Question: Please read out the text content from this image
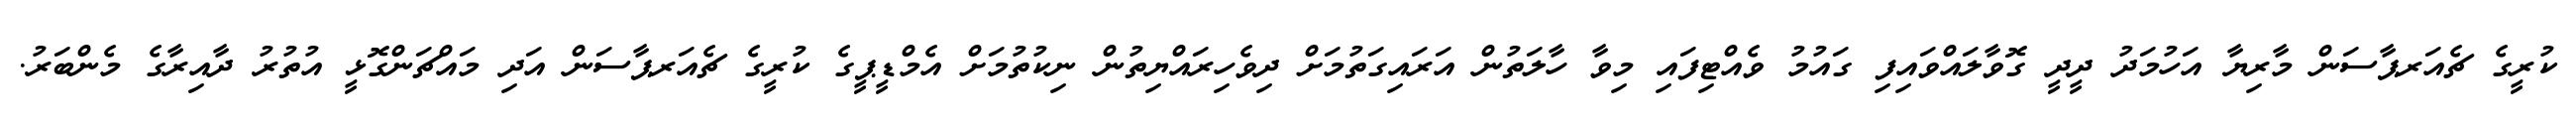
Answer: ކުރީގެ ޗެއަރޕާސަން މާރިޔާ އަހުމަދު ދީދީ ގޮވާލައްވައިފި ގައުމު ވެއްޓިފައި މިވާ ހާލަތުން އަރައިގަތުމަށް ދިވެހިރައްޔިތުން ނިކުތުމަށް އެމްޑީޕީގެ ކުރީގެ ޗެއަރޕާސަން އަދި މައްޗަންގޮޅީ އުތުރު ދާއިރާގެ މެންބަރު.